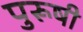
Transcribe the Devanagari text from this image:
पुरूषी